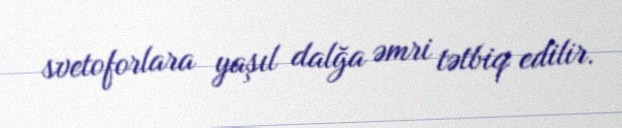
svetoforlara yaşıl dalğa əmri tətbiq edilir.